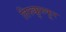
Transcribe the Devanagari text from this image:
तिरुक्कुरुकूर